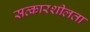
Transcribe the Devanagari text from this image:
सत्कारशीलता